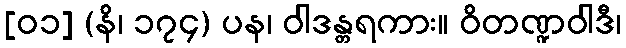
[၀၁] (နိ၊ ၁၇၄) ပန၊ ဝါဒန္တရကား။ ဝိတဏ္ဍဝါဒီ၊